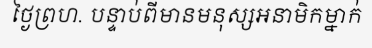
ថ្ងៃព្រហ. បន្ទាប់ពីមានមនុស្សអនាមិកម្នាក់